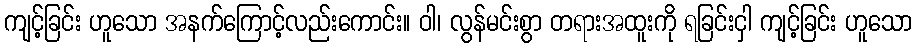
ကျင့်ခြင်း ဟူသော အနက်ကြောင့်လည်းကောင်း။ ဝါ၊ လွန်မင်းစွာ တရားအထူးကို ရခြင်းငှါ ကျင့်ခြင်း ဟူသော